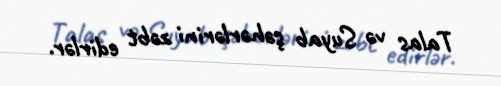
Talas və Suyab şəhərlərini zəbt edirlər.